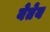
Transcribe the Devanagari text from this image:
येतेय